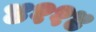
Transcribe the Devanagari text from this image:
४११४